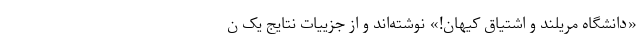
«دانشگاه مریلند و اشتیاق کیهان!» نوشته‌اند و از جزییات نتایج یک ن